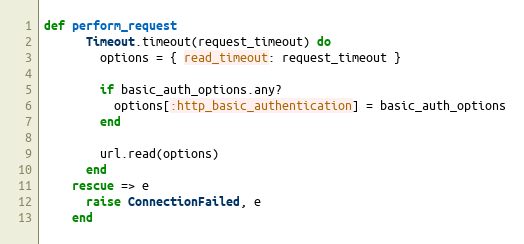
Language: Ruby
def perform_request
      Timeout.timeout(request_timeout) do
        options = { read_timeout: request_timeout }

        if basic_auth_options.any?
          options[:http_basic_authentication] = basic_auth_options
        end

        url.read(options)
      end
    rescue => e
      raise ConnectionFailed, e
    end